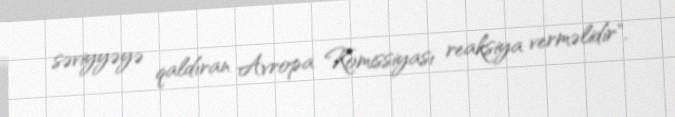
səviyyəyə qaldıran Avropa Komissiyası reaksiya verməlidir".